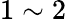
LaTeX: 1\sim 2